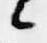
候